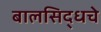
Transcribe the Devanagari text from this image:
बालसिद्धचे